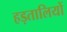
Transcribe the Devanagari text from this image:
हड़तालियों